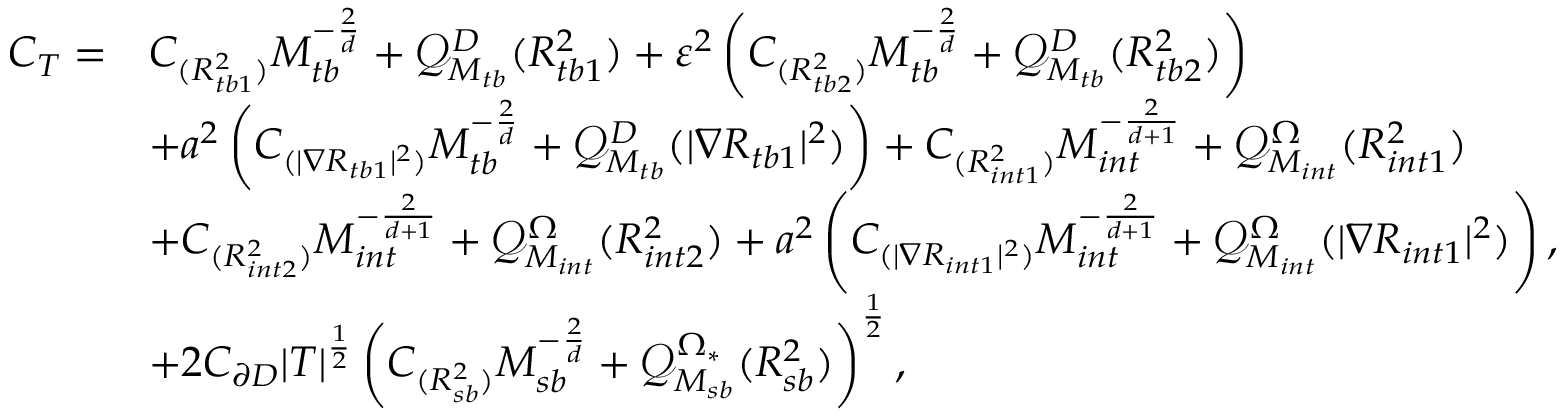
\begin{array} { r l } { C _ { T } = } & { C _ { ( { R _ { t b 1 } ^ { 2 } } ) } M _ { t b } ^ { - \frac { 2 } { d } } + \mathcal { Q } _ { M _ { t b } } ^ { D } ( R _ { t b 1 } ^ { 2 } ) + \varepsilon ^ { 2 } \left( C _ { ( { R _ { t b 2 } ^ { 2 } } ) } M _ { t b } ^ { - \frac { 2 } { d } } + \mathcal { Q } _ { M _ { t b } } ^ { D } ( R _ { t b 2 } ^ { 2 } ) \right) } \\ & { + a ^ { 2 } \left( C _ { ( | \nabla R _ { t b 1 } | ^ { 2 } ) } M _ { t b } ^ { - \frac { 2 } { d } } + \mathcal { Q } _ { M _ { t b } } ^ { D } ( | \nabla R _ { t b 1 } | ^ { 2 } ) \right) + C _ { ( { R _ { i n t 1 } ^ { 2 } } ) } M _ { i n t } ^ { - \frac { 2 } { d + 1 } } + \mathcal { Q } _ { M _ { i n t } } ^ { \Omega } ( R _ { i n t 1 } ^ { 2 } ) } \\ & { + C _ { ( { R _ { i n t 2 } ^ { 2 } } ) } M _ { i n t } ^ { - \frac { 2 } { d + 1 } } + \mathcal { Q } _ { M _ { i n t } } ^ { \Omega } ( R _ { i n t 2 } ^ { 2 } ) + a ^ { 2 } \left( C _ { ( | \nabla R _ { i n t 1 } | ^ { 2 } ) } M _ { i n t } ^ { - \frac { 2 } { d + 1 } } + \mathcal { Q } _ { M _ { i n t } } ^ { \Omega } ( | \nabla R _ { i n t 1 } | ^ { 2 } ) \right) , } \\ & { + 2 C _ { \partial D } | T | ^ { \frac { 1 } { 2 } } \left( C _ { ( { R _ { s b } ^ { 2 } } ) } M _ { s b } ^ { - \frac { 2 } { d } } + \mathcal { Q } _ { M _ { s b } } ^ { \Omega _ { * } } ( R _ { s b } ^ { 2 } ) \right) ^ { \frac { 1 } { 2 } } , } \end{array}